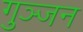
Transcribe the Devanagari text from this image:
गुञ्जन